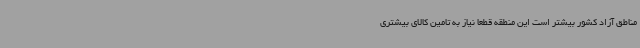
مناطق آزاد کشور بیشتر است این منطقه قطعاً نیاز به تامین کالای بیشتری